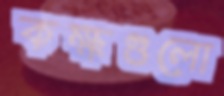
কক্ষগুলো